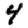
Digit: 4